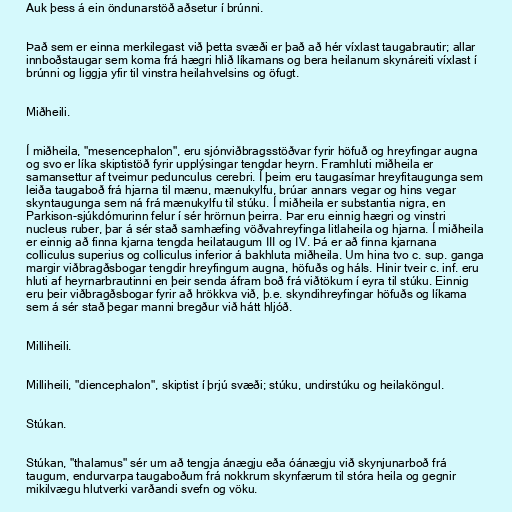
Auk þess á ein öndunarstöð aðsetur í brúnni.

Það sem er einna merkilegast við þetta svæði er það að hér víxlast taugabrautir; allar
innboðstaugar sem koma frá hægri hlið líkamans og bera heilanum skynáreiti víxlast í
brúnni og liggja yfir til vinstra heilahvelsins og öfugt.

Miðheili.

Í miðheila, "mesencephalon", eru sjónviðbragsstöðvar fyrir höfuð og hreyfingar augna
og svo er líka skiptistöð fyrir upplýsingar tengdar heyrn. Framhluti miðheila er
samansettur af tveimur pedunculus cerebri. Í þeim eru taugasímar hreyfitaugunga sem
leiða taugaboð frá hjarna til mænu, mænukylfu, brúar annars vegar og hins vegar
skyntaugunga sem ná frá mænukylfu til stúku. Í miðheila er substantia nigra, en
Parkison-sjúkdómurinn felur í sér hrörnun þeirra. Þar eru einnig hægri og vinstri
nucleus ruber, þar á sér stað samhæfing vöðvahreyfinga litlaheila og hjarna. Í miðheila
er einnig að finna kjarna tengda heilataugum III og IV. Þá er að finna kjarnana
colliculus superius og colliculus inferior á bakhluta miðheila. Um hina tvo c. sup. ganga
margir viðbragðsbogar tengdir hreyfingum augna, höfuðs og háls. Hinir tveir c. inf. eru
hluti af heyrnarbrautinni en þeir senda áfram boð frá viðtökum í eyra til stúku. Einnig
eru þeir viðbragðsbogar fyrir að hrökkva við, þ.e. skyndihreyfingar höfuðs og líkama
sem á sér stað þegar manni bregður við hátt hljóð.

Milliheili.

Milliheili, "diencephalon", skiptist í þrjú svæði; stúku, undirstúku og heilaköngul.

Stúkan.

Stúkan, "thalamus" sér um að tengja ánægju eða óánægju við skynjunarboð frá
taugum, endurvarpa taugaboðum frá nokkrum skynfærum til stóra heila og gegnir
mikilvægu hlutverki varðandi svefn og vöku.